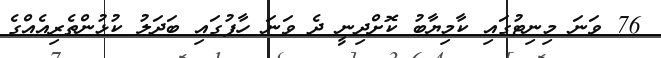
76 ވަނަ މިނިޓުގައި ކާމިޔާބު ކޮށްދިނީ ދެ ވަނަ ހާފުގައި ބަދަލު ކުޅުންތެރިއެއްގެ